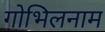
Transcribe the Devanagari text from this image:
गोभिलनाम